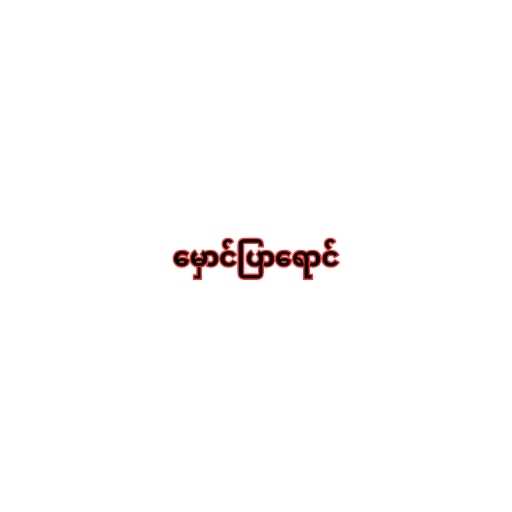
မှောင်ပြာရောင်